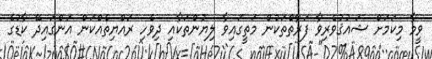
ވީމާ މިކަމަށް ޝައުޤުވެރިވާ ފަރާތްތަކުން މަތީގައިވާ ލިޔުންތަކާއި ދިވެހި ރައްޔިތެއްކަން އަންގައިދޭ ކާޑުގެ